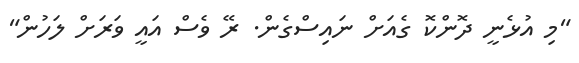
"މި އުޅެނީ ދޮންކޮ ގެއަށް ނައިސްގެން. ރޭ ވެސް އައީ ވަރަށް ލަހުން"